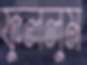
ফুললুম